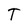
Character: T